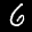
Label: 6